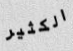
الكثير